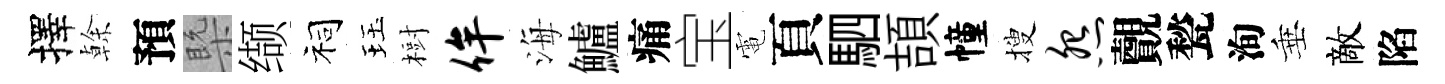
擇𠏉預槩缬祠珏𣗳侔海鱸痛宝電頁駟頡幢搜怨覿甃洵垂敵陷